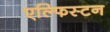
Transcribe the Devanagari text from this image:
एल्फिस्टन